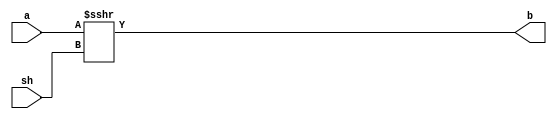

module srash(a, sh, b)/* synthesis syn_builtin_du = "weak" */;
parameter A_width = 64; 
parameter SH_width = 6;
input signed [A_width:0] a;
input [SH_width-1:0] sh;
output wire [A_width:0] b;

assign b = a >>> sh;

endmodule